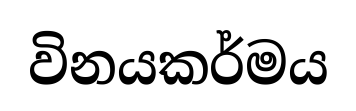
විනයකර්මය